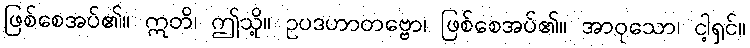
ဖြစ်စေအပ်၏။ ဣတိ၊ ဤသို့။ ဥပဒဟာတဗ္ဗော၊ ဖြစ်စေအပ်၏။ အာဝုသော၊ ငါ့ရှင်။